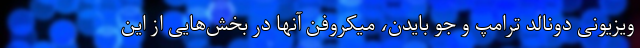
ویزیونی دونالد ترامپ و جو بایدن، میکروفن آنها در بخش‌هایی از این